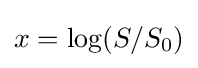
x=\log(S/S_{0})